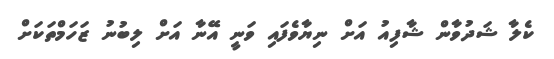
ކެލާ ޝަދުވާން ޝާފިއު އަށް ނިޔާވެފައި ވަނީ އޭނާ އަށް ލިބުނު ޒަހަމްތަކަށް